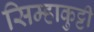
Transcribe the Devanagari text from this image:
सिम्हाकुट्टी